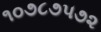
૧૦૭૮૭૫૭૨